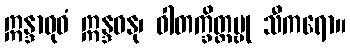
ဣန္ဒာဝုဓံ ဣန္ဒဓနု၊ ဝါတက္ခိတ္တမ္ဗု သီကရော။